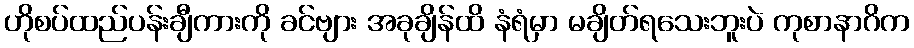
ဟိုစပ်ထည်ပန်းချီကားကို ခင်ဗျား အခုချိန်ထိ နံရံမှာ မချိတ်ရသေးဘူးပဲ ကုစာနာဂိက